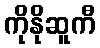
ကိုနိုဆူကီ